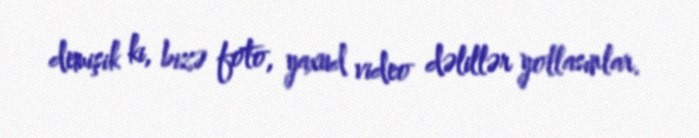
demişik ki, bizə foto, yaxud video dəlillər yollasınlar.